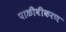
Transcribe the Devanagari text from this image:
पाळीवीकरण